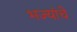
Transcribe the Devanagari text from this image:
भज्यांचे